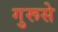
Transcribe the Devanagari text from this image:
गुरूसे